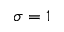
\sigma = 1